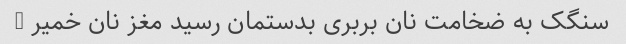
سنگک به ضخامت نان بربری بدستمان رسید مغز نان خمیر …